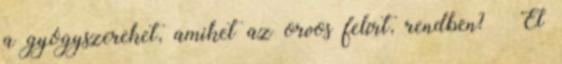
a gyógyszereket, amiket az orvos felírt, rendben? – El